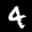
Label: 4